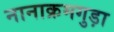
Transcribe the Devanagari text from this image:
नानाक्रमगुड़ा